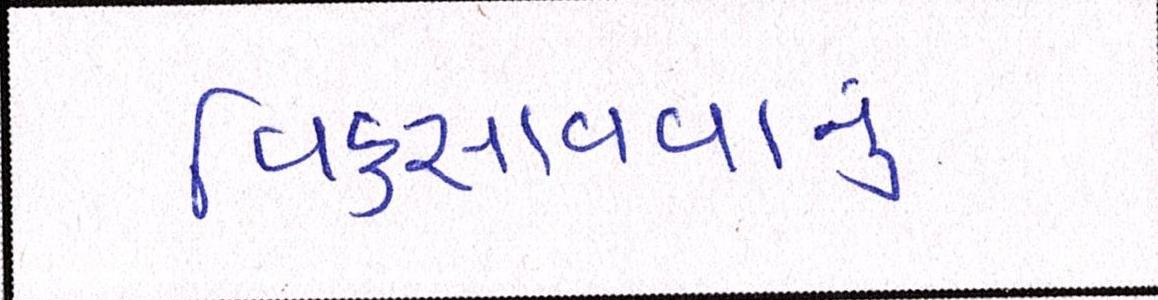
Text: વિકસાવવાનું